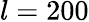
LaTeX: l=200